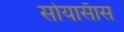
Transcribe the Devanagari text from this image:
सोयासॅास